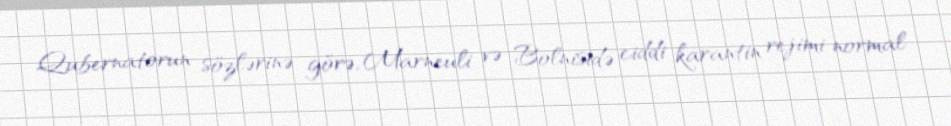
Qubernatorun sözlərinə görə, Marneuli və Bolnisidə ciddi karantin rejimi normal